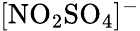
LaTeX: [\mathrm{NO}_{2}\mathrm{SO}_{4}]^{-}